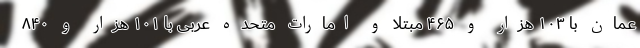
عمان با ۱۰۳ هزار و ۴۶۵ مبتلا و امارات متحده عربی با ۱۰۱ هزار و ۸۴۰